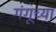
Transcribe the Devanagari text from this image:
गंगूच्या